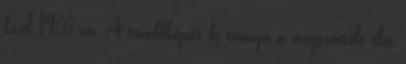
közel 1400-an. A továbbképzés fő témája a megszentelt élet